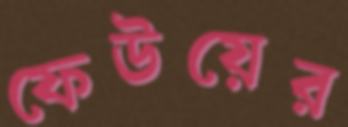
ফেউয়ের